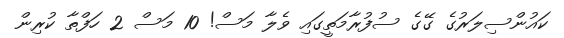
ކައުންސިލަރުގެ ގޭގެ ސުފުރާމަތީގައި ވެލާ މަސް! 10 މަސް 2 ހަފްތާ ކުރިން